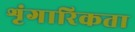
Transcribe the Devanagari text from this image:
शृंगारिकता